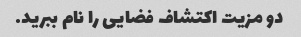
دو مزیت اکتشاف فضایی را نام ببرید.